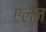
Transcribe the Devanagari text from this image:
एलज